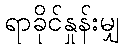
ရာခိုင်နှုန်းမျှ